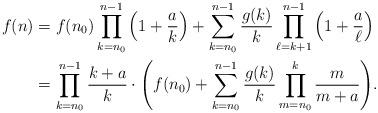
LaTeX: \begin{align*} f(n) &= f(n_0)\prod_{k=n_0}^{n-1}\Big(1+\frac ak\Big) + \sum_{k=n_0}^{n-1}\frac{g(k)}k\prod_{\ell=k+1}^{n-1}\Big(1+\frac a\ell\Big)\\ &=\prod_{k=n_0}^{n-1}\frac{k+a}k\cdot \Bigg( f(n_0) + \sum_{k=n_0}^{n-1}\frac{g(k)}k\prod_{m=n_0}^{k}\frac m{m+a} \Bigg). \end{align*}